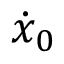
\dot { x } _ { 0 }